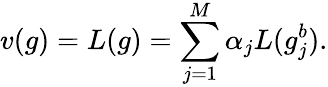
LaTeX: v(g)=L(g)=\sum_{j=1}^{M}\alpha_{j}L(g_{j}^{b}).